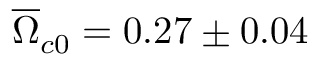
\overline { { \Omega } } _ { c 0 } = 0 . 2 7 \pm 0 . 0 4